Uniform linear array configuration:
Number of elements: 16
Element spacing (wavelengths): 0.25
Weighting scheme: hann
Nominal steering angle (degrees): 45
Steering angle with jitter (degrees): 43.153
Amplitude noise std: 0.05
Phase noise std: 0.05

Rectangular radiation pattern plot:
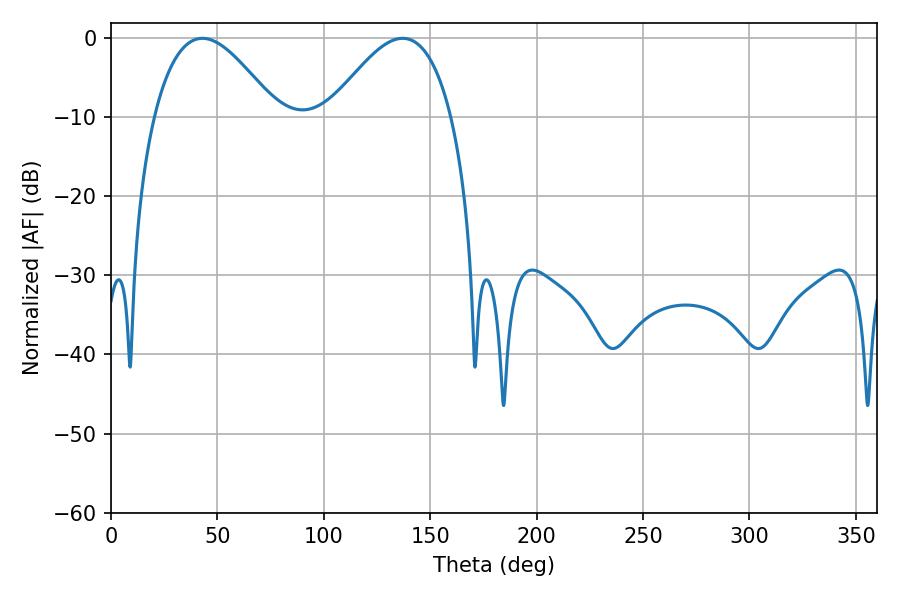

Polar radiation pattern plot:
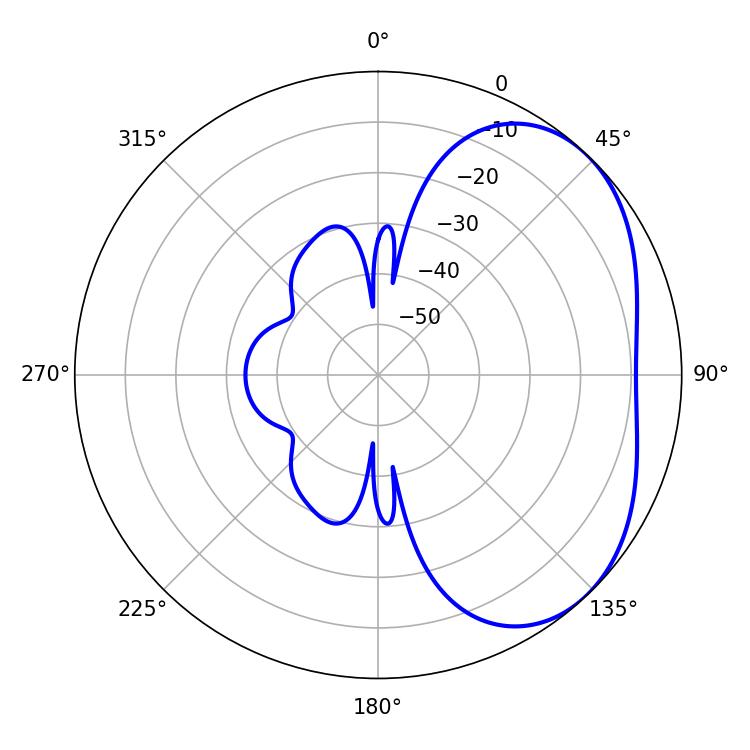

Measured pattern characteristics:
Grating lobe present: FALSE
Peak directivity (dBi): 3.571
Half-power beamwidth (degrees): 31.32
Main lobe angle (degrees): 43.02